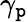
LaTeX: \gamma_{\mathtt{p}}